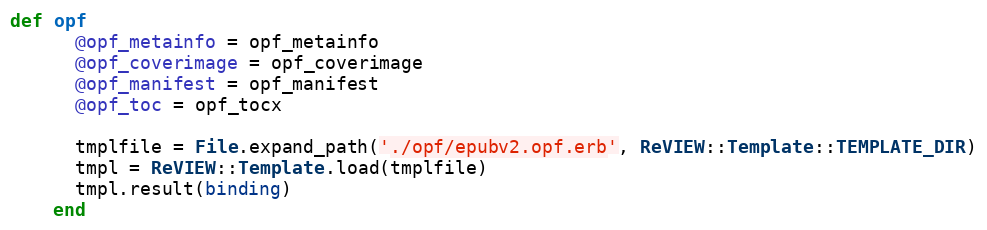
Language: Ruby
def opf
      @opf_metainfo = opf_metainfo
      @opf_coverimage = opf_coverimage
      @opf_manifest = opf_manifest
      @opf_toc = opf_tocx

      tmplfile = File.expand_path('./opf/epubv2.opf.erb', ReVIEW::Template::TEMPLATE_DIR)
      tmpl = ReVIEW::Template.load(tmplfile)
      tmpl.result(binding)
    end